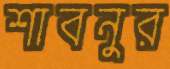
শাবনুর